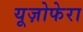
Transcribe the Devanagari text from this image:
यूज़ोफेरा